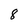
Character: 8